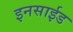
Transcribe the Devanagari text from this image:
इनसाईड